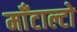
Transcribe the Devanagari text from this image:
माँटाल्टो